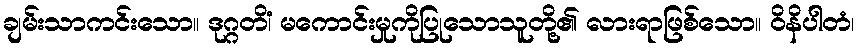
ချမ်းသာကင်းသော။ ဒုဂ္ဂတိံ၊ မကောင်းမှုကိုပြုသောသူတို့၏ လားရာဖြစ်သော။ ဝိနိပါတံ၊